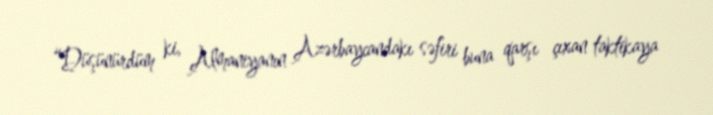
“Düşünürdüm ki, Almaniyanın Azərbaycandakı səfiri buna qarşı çıxan taktikaya